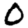
Digit: 0